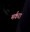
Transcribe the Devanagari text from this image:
मर्करा